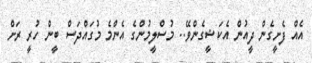
އެއް ފެށީގެން ދީއުން އެކަޝީގެންވޭ.. މުސްލީމުންގެ އެންމެ މުގައްދަސް ބީން ހުރީ ރަށް